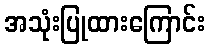
အသုံးပြုထားကြောင်း